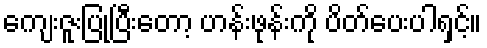
ကျေးဇူးပြုပြီးတော့ ဟန်းဖုန်းကို ပိတ်ပေးပါရှင့်။